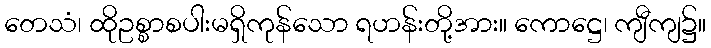
တေသံ၊ ထိုဥစ္စာစပါးမရှိကုန်သော ရဟန်းတို့အား။ ကောဋ္ဌေ၊ ကျီကျ၌။